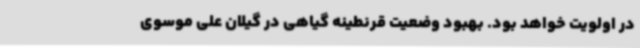
در اولویت خواهد بود. بهبود وضعیت قرنطینه گیاهی در گیلان علی موسوی